Leningradi_Edasi_toimetus, lk 3
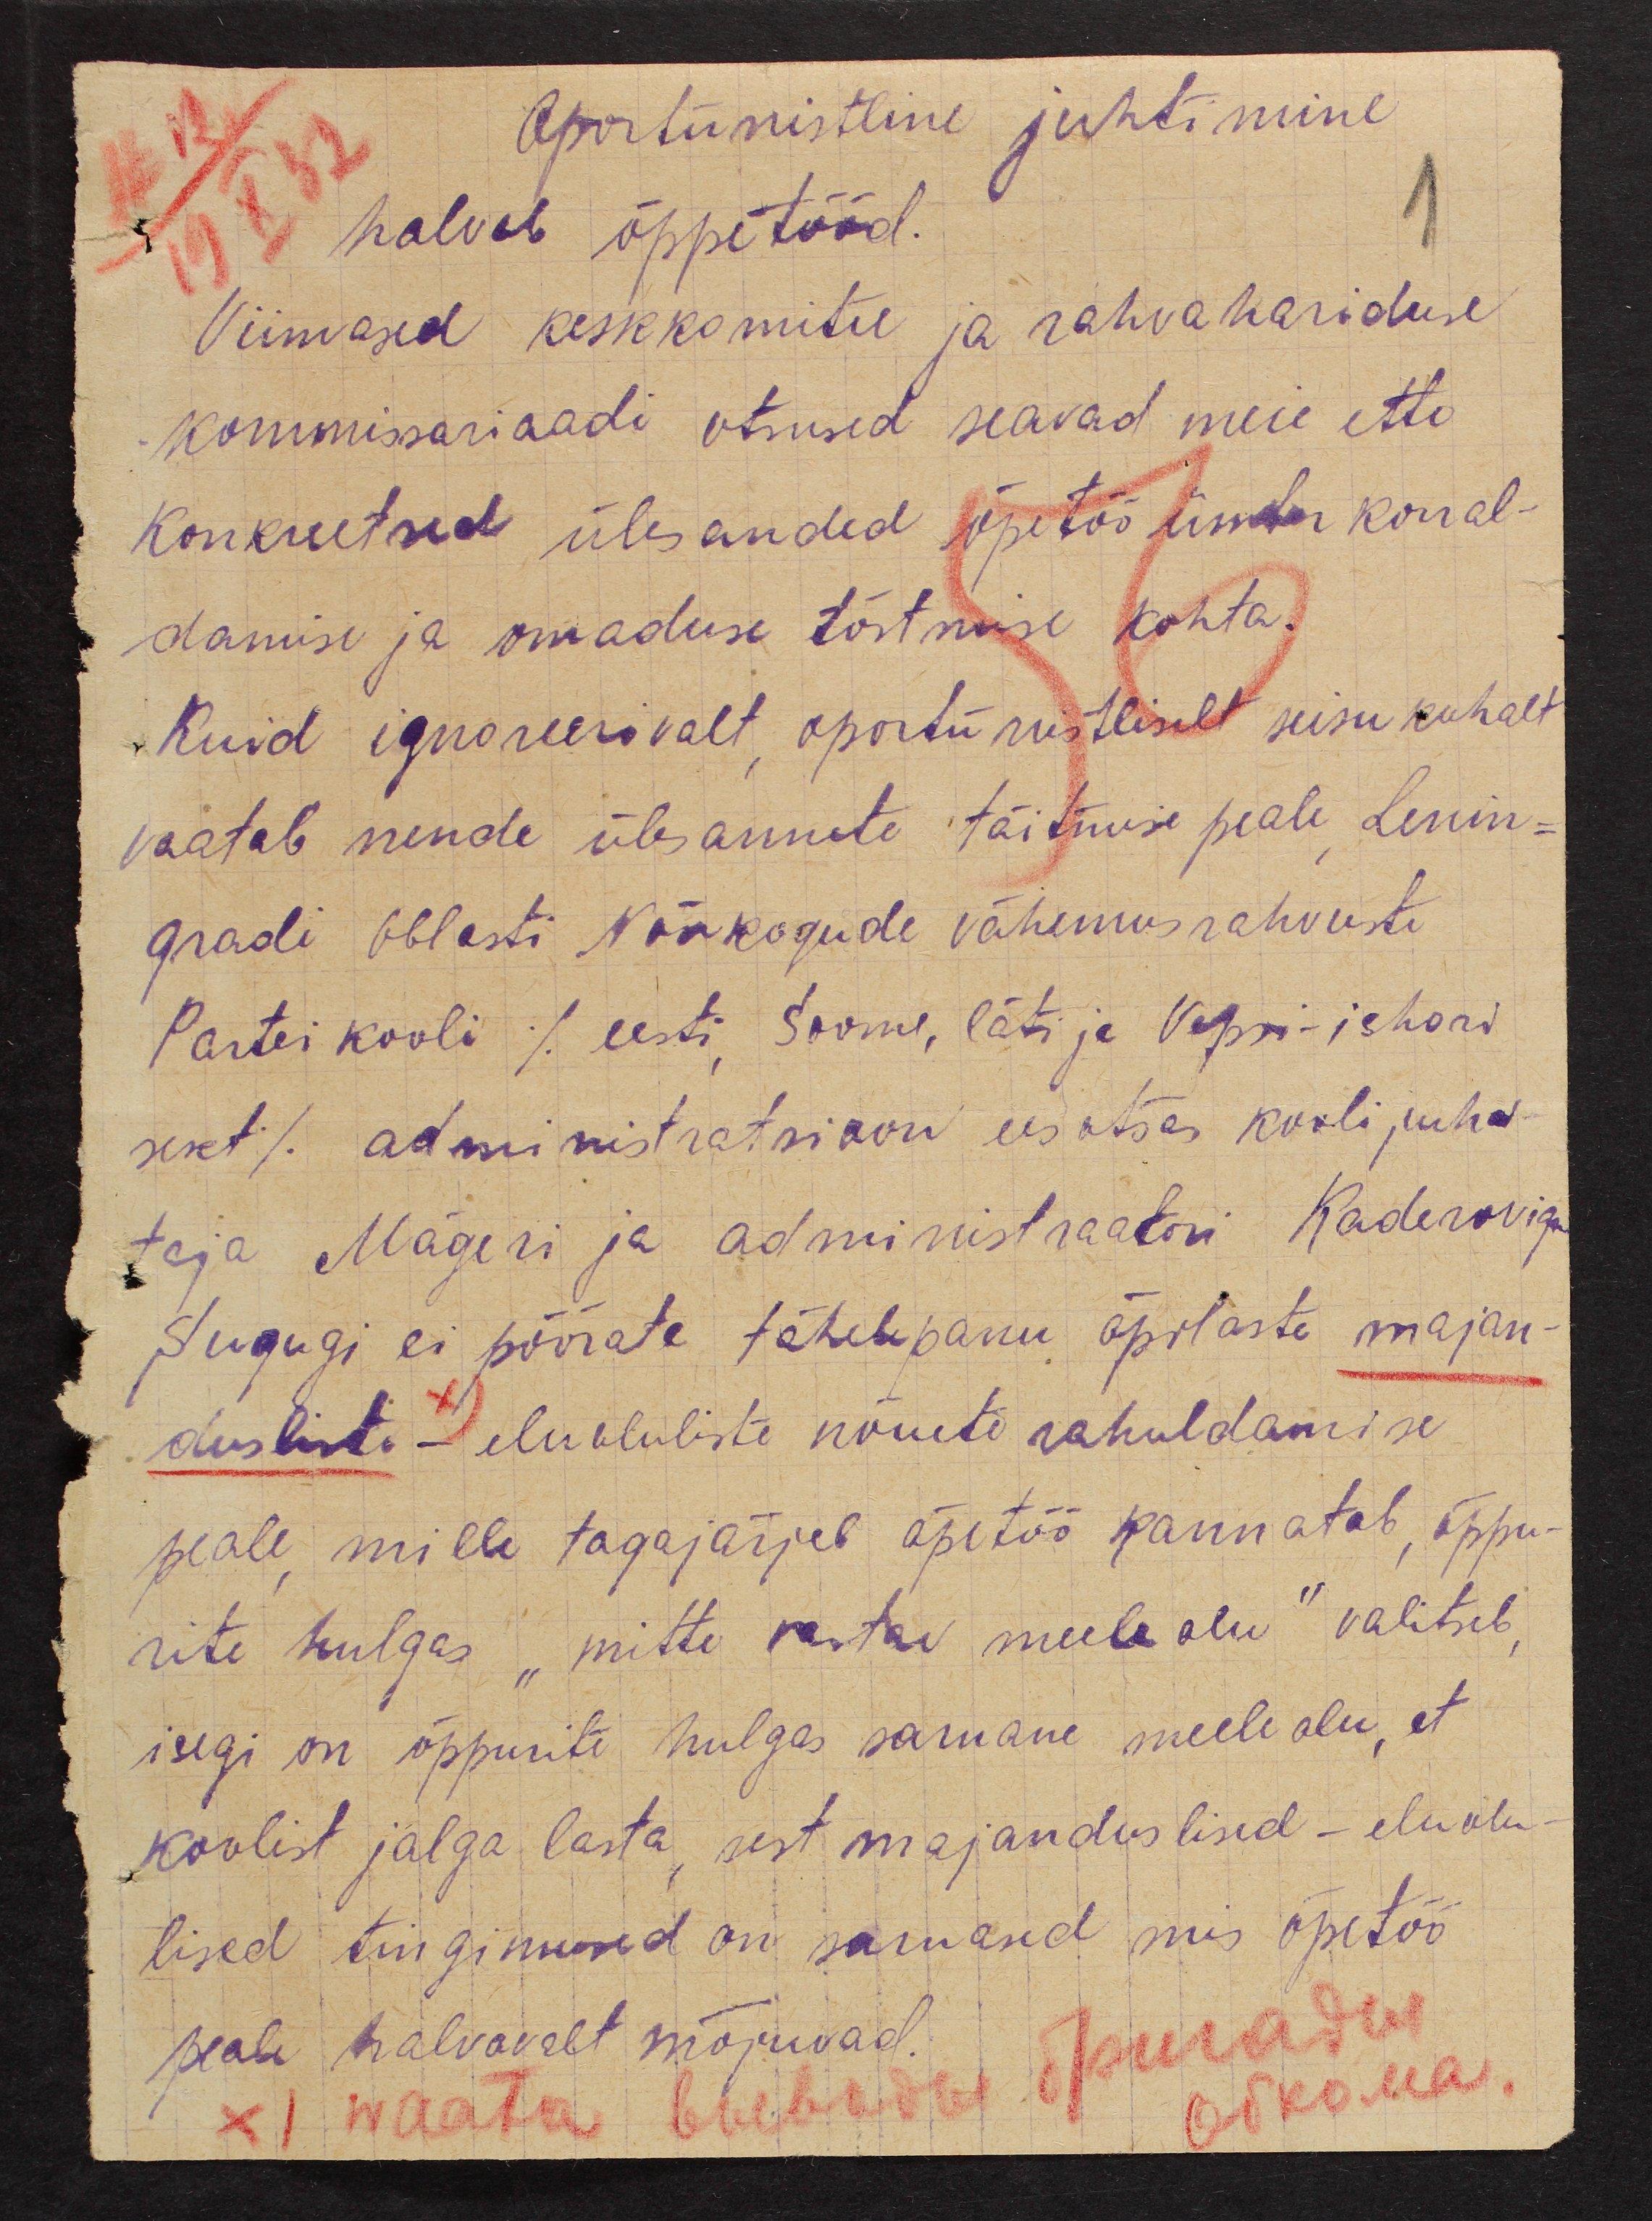
19 X 32
Oportunistline juhtimine
halvab õppetööd.
Viimased keskkomitee ja rahvahariduse
kommissariaadi otsused seavad meie ette
konkreetsed ülesanded õpetöö ümber korral-
damise ja omaduse tõstmise kohta.
Kuid ignoreerivalt, oportunistliselt seisukohalt
vaatab nende ülesannete täitmise peale, Lenin-
gradi Oblasti Nõukogude Vähemusrahvuste
Partei kooli (eesti, soome, läti ja Vepsi-ishori
sekt) administratsioon eesotsas kooli juha-
taja Mägeri ja administraatori Kaderoviga
Sugugi ei pöörata tähelepanu õpilaste majan-
dusliste - eluoluliste nõuete rahuldamise
peale, mille tagajärjel õpetöö kannatab, õppu-
rite hulgas "mitte vastav meeleolu" valitseb,
isegi on õppurite hulgas sarnane meeleolu, et
koolist jalga lasta, sest majanduslised - eluolu-
lised tingimused on sarnased mis õpetöö
peale halvavalt mõjuvad.